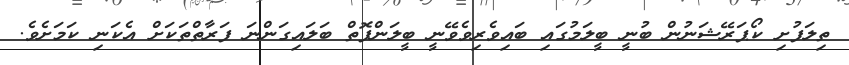
ތިލަފުށި ކޯޕަރޭޝަނުން ބުނީ ބީލަމުގައި ބައިވެރިވެވޭނީ ބީލަންފޮތް ބަލައިގަންނަ ފަރާތްތަކަށް އެކަނި ކަމަށެވެ.